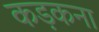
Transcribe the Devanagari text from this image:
कड़कना